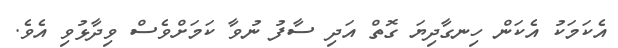
އެކަމަކު އެކަން ހިނގާދިޔަ ގޮތް އަދި ސާފު ނުވާ ކަމަށްވެސް ވިދާޅުވި އެވެ.